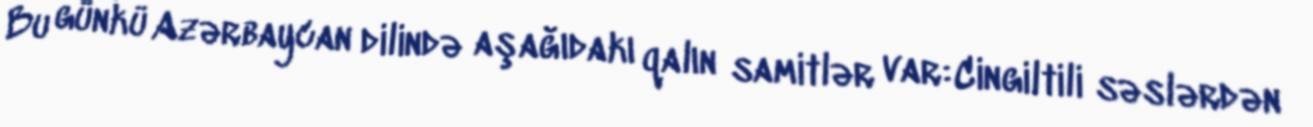
Bu günkü Azərbaycan dilində aşağıdakı qalın samitlər var:Cingiltili səslərdən